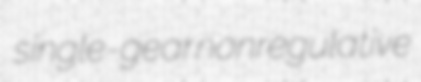
single-gear nonregulative